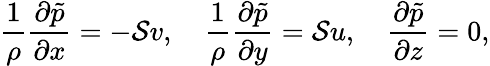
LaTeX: \frac{1}{\rho}\frac{\partial\tilde{p}}{\partial x}=-\mathcal{S}v,\quad\frac{1}{\rho}\frac{\partial\tilde{p}}{\partial y}=\mathcal{S}u,\quad\frac{\partial\tilde{p}}{\partial z}=0,